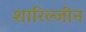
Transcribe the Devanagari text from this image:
शारिल्जीन